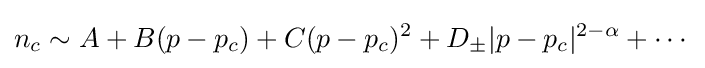
n_{c}\sim A+B(p-p_{c})+C(p-p_{c})^{2}+D_{\pm }|p-p_{c}|^{2-\alpha }+\cdots